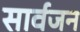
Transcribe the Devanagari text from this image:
सार्वजन